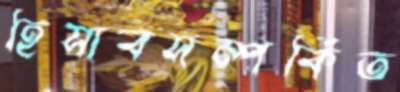
হিসাবসম্পর্কিত